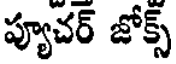
ప్యూచర్ జోక్స్